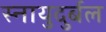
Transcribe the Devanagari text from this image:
स्नायुदुर्बल